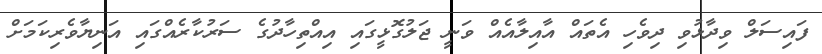
ފައިސަލް ވިދާޅުވި ދިވެހި އެތައް އާއިލާއެއް ވަނީ ޖަލުގޮޅީގައި އިއްތިހާދުގެ ސަރުކާރެއްގައި އަނިޔާވެރިކަމަށް